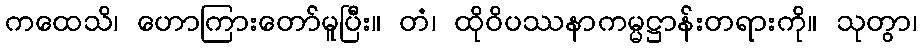
ကထေသိ၊ ဟောကြားတော်မူပြီး။ တံ၊ ထိုဝိပဿနာကမ္မဋ္ဌာန်းတရားကို။ သုတွာ၊